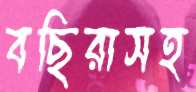
বছিরাসহ